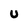
Character: u